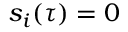
s _ { i } ( \tau ) = 0